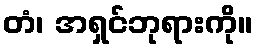
တံ၊ အရှင်ဘုရားကို။